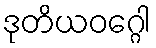
ဒုတိယဝဂ္ဂေါ